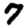
Digit: 7